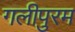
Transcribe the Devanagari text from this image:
गलीपुरम